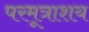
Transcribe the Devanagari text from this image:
परमूत्राशय